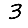
Digit: 3